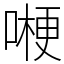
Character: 𠼰